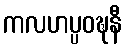
ကလဟပ္ပဝဍ္ဎနီ